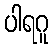
ပါရဂူ